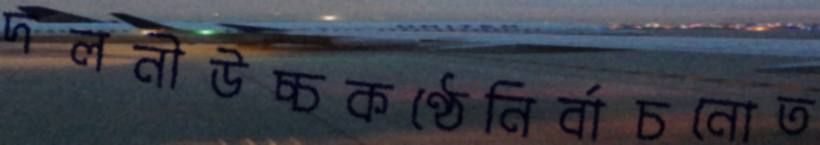
দলনীউচ্চকণ্ঠেনির্বাচনোত